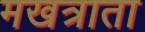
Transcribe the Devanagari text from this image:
मखत्राता